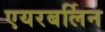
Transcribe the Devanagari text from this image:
एयरबर्लिन